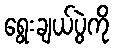
ရွေးချယ်ပွဲကို